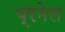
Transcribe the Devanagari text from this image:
ब्रमेल